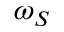
\omega _ { S }